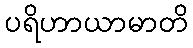
ပရိဟာယာမာတိ